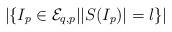
LaTeX: \begin{align*}|\{I_p \in \mathcal{E}_{q, p}\vert |S(I_p)|=l \}|\end{align*}